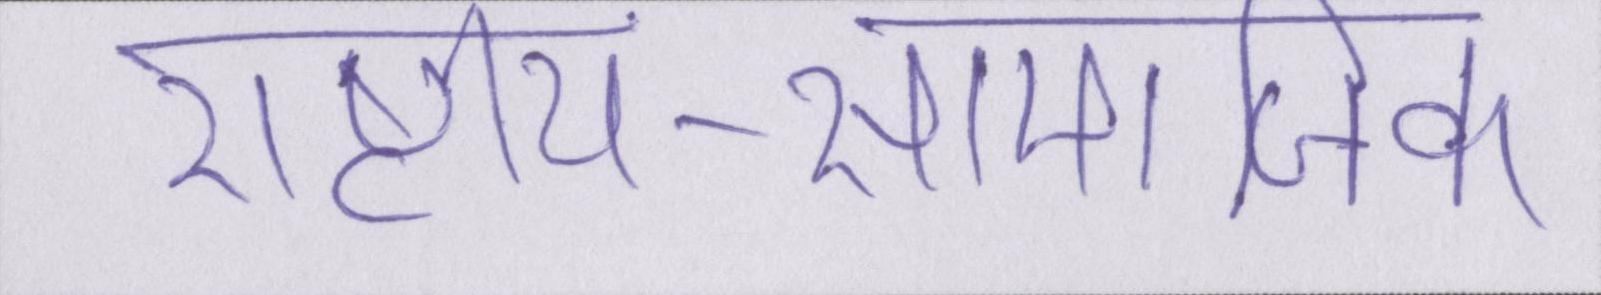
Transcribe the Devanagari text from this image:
राष्ट्रीय-सामाजिक